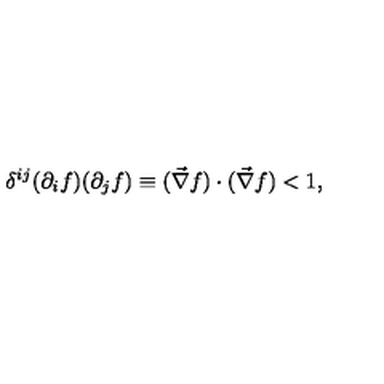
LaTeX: \delta ^ { i j } ( \partial _ { i } f ) ( \partial _ { j } f ) \equiv ( \vec { \nabla } f ) \cdot ( \vec { \nabla } f ) < 1 ,